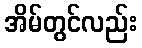
အိမ်တွင်လည်း